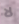
لا